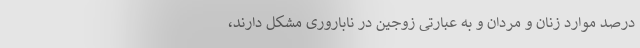
درصد موارد زنان و مردان و به عبارتی زوجین در ناباروری مشکل دارند،